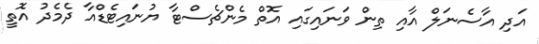
އަދި އާސެނަލް އާއި ތިން ވަނައިގައި އޮތް މެންޗެސްޓާ ޔުނައިޓެޑްއާ ދެމެދު އޮތީ